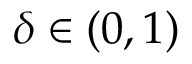
\delta \in ( 0 , 1 )